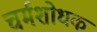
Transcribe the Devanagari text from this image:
चर्मशोधक